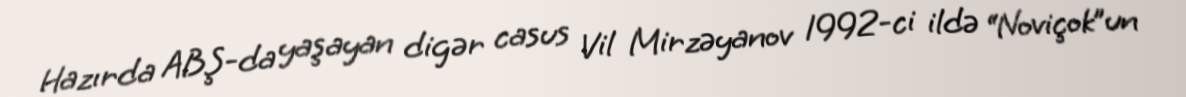
Hazırda ABŞ-da yaşayan digər casus Vil Mirzəyanov 1992-ci ildə “Noviçok”un